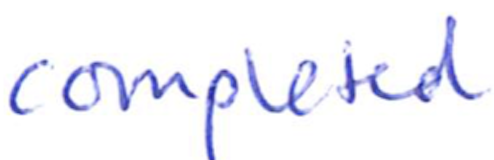
Text: completed
Cross-out: clean
Writing tool: ballpoint